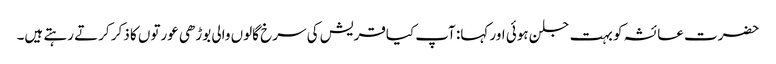
حضرت عائشہ کو بہت جلن ہوئی اور کہا: آپ کیاقریش کی سرخ گالوں والی بوڑھی عورتوں کا ذکر کرتے رہتے ہیں۔